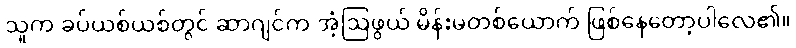
သူက ခပ်ယစ်ယစ်တွင် ဆာဂျင်က အံ့ဩဖွယ် မိန်းမတစ်ယောက် ဖြစ်နေတော့ပါလေ၏။